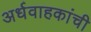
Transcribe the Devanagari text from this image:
अर्धवाहकांची